Indian journal of veterinary science and animal husbandry - Volume 7,
Year: 1937
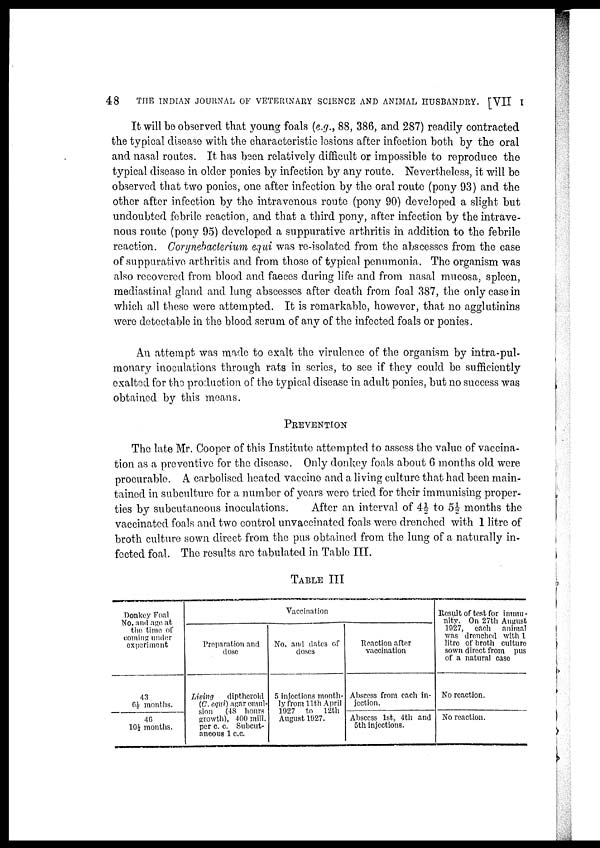
48
THE INDIAN JOURNAL OF VETERINARY SCIENCE AND ANIMAL HUSBANDRY. [VII I
It will be observed that young foals (e.g., 88, 386, and 287) readily contracted
the typical disease with the characteristic lesions after infection both by the oral
and nasal routes. It has been relatively difficult or impossible to reproduce the
typical disease in older ponies by infection by any route. Nevertheless, it will be
observed that two ponies, one after infection by the oral route (pony 93) and the
other after infection by the intravenous route (pony 90) developed a slight but
undoubted febrile reaction, and that a third pony, after infection by the intrave-
nous route (pony 95) developed a suppurative arthritis in addition to the febrile
reaction. Corynebacterium equi was re-isolated from the abscesses from the case
of suppurative arthritis and from those of typical penumonia. The organism was
also recovered from blood and faeces during life and from nasal mucosa, spleen,
mediastinal gland and lung abscesses after death from foal 387, the only case in
which all these were attempted. It is remarkable, however, that no agglutinins
were detectable in the blood serum of any of the infected foals or ponies.
An attempt was made to exalt the virulence of the organism by intra-pul-
monary inoculations through rats in series, to see if they could be sufficiently
exalted for the production of the typical disease in adult ponies, but no success was
obtained by this means.
PREVENTION
The late Mr. Cooper of this Institute attempted to assess the value of vaccina-
tion as a preventive for the disease. Only donkey foals about 6 months old were
procurable. A carbolised heated vaccine and a living culture that had been main-
tained in subculture for a number of years were tried for their immunising proper-
ties by subcutaneous inoculations.
After an interval of 4½ to 5½ months the
vaccinated foals and two control unvaccinated foals were drenched with 1 litre of
broth culture sown direct from the pus obtained from the lung of a naturally in-
fected foal. The results are tabulated in Table III.
TABLE III
Donkey Foal
No. and age at
the time of
coming under
experiment
43
6 ½ months.
46
10½ months.
Vaccination
Preparation and
dose
Living diptheroid
(C. equi) agar emul-
sion (48 hours
growth), 400 mill.
per c. c. Subcut-
aneous 1 c.c.
No. and dates of
doses
5 injections month-
ly from 11th April
1927 to 12th
August 1927.
Reaction after
vaccination
Abscess from each in-
jection.
Abscess 1st, 4th and
5th injections.
Result of test for immu-
nity. On 27th August
1027, each animal
was drenched with 1
litre of broth culture
sown direct from pus
of a natural case
No reaction.
No reaction.